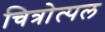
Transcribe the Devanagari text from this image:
चित्रोत्पल